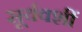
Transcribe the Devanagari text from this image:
सूर्यवशीं